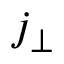
j _ { \perp }